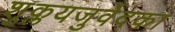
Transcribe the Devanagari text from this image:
शुक्लयजुर्वेदका